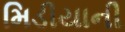
મિડીયાની